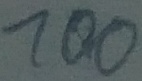
Text: 100